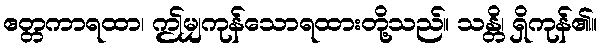
ဧတ္တကာရထာ၊ ဤမျှကုန်သောရထားတို့သည်။ သန္တိ၊ ရှိကုန်၏။